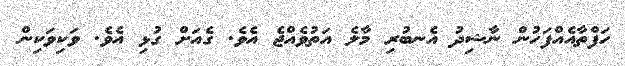
ހަފްތާއެއްފަހުން ނާޝިދު އެނބުރި މާލެ އަތުވެއްޖެ އެވެ. ގެއަށް ގުޅި އެވެ. ވަކިވަކިން